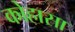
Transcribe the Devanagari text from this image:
कोहासा